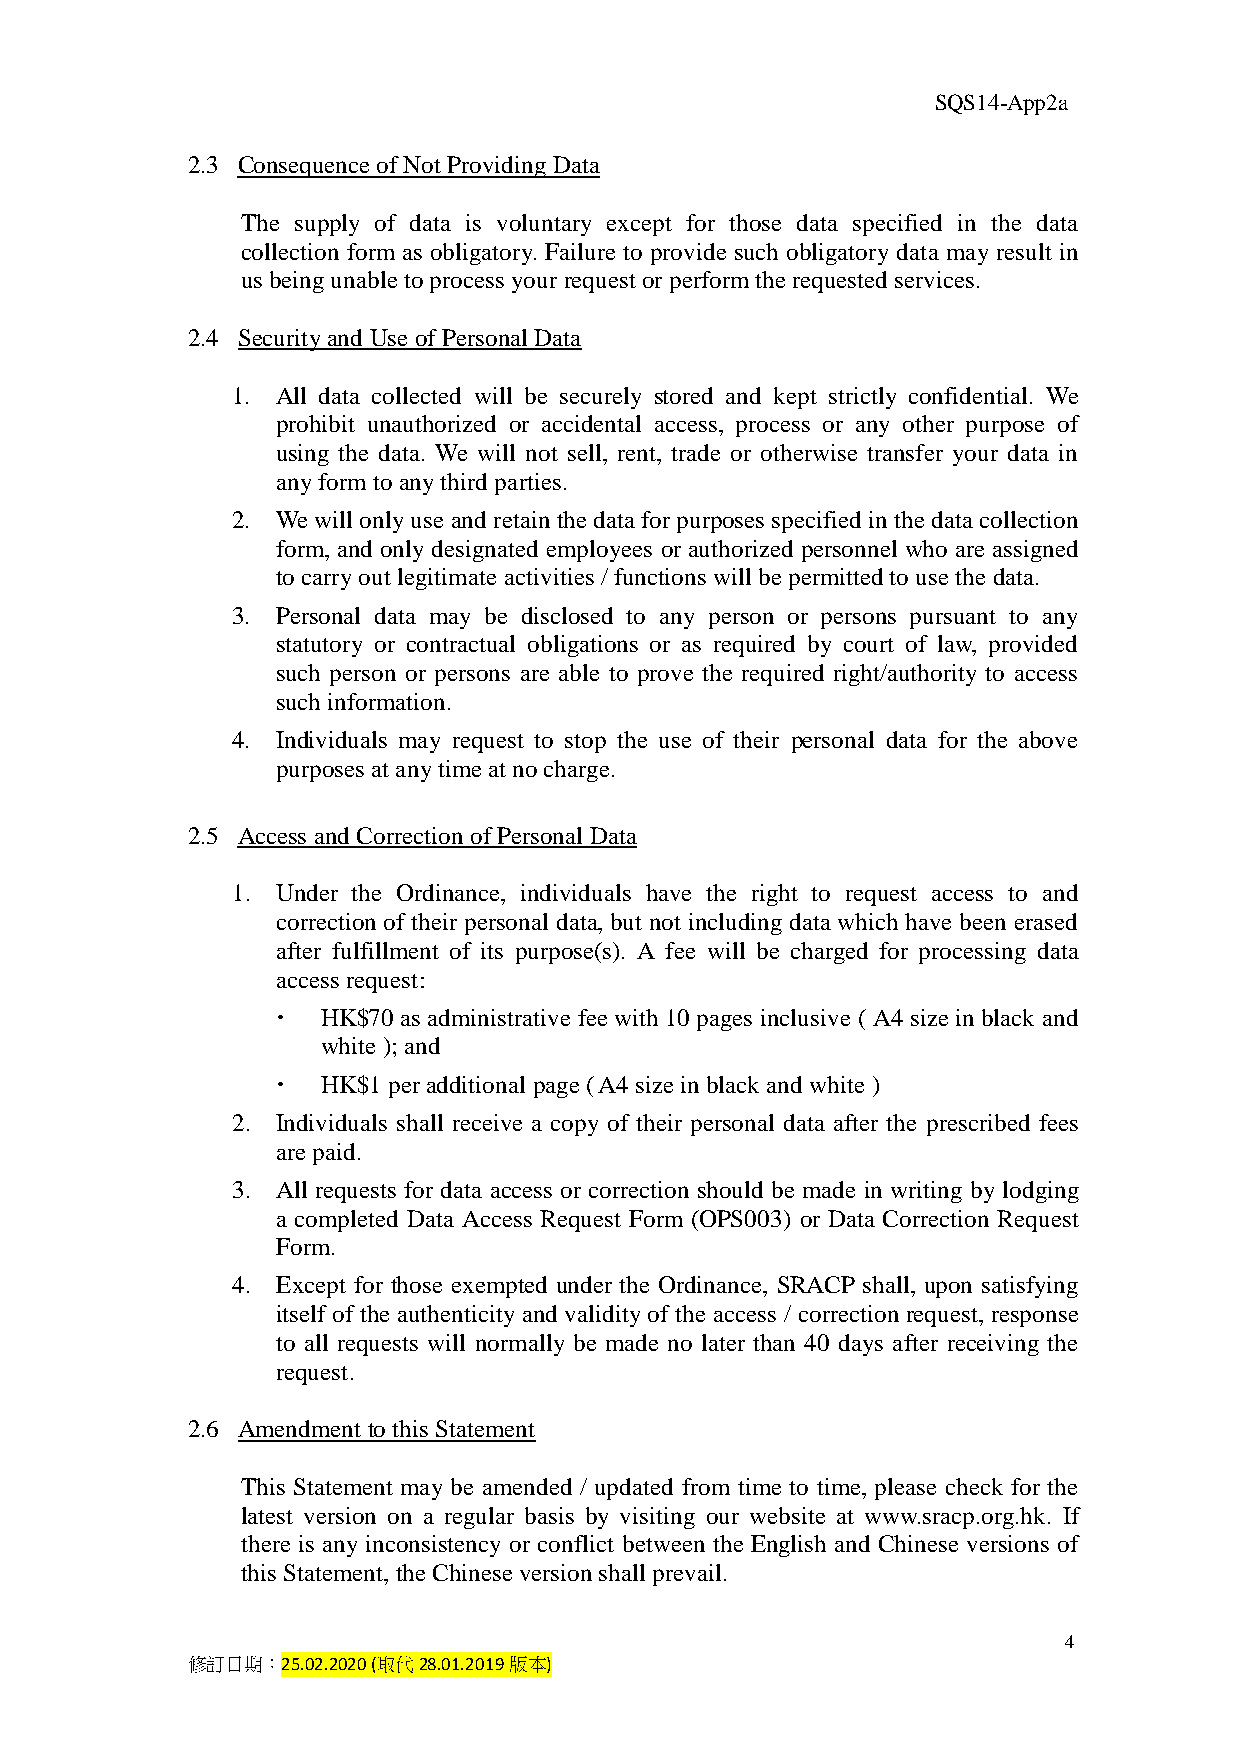
SQS14-App2a
 2.3 Consequence of Not Providing Data
 The supply of data is voluntary except for those data specified in the data
 collection form as obligatory. Failure to provide such obligatory data may result in
 us being unable to process your request or perform the requested services.
 2.4 Security and Use of Personal Data
 1. All data collected will be securely stored and kept strictly confidential. We
 prohibit unauthorized or accidental access, process or any other purpose of
 using the data. We will not sell, rent, trade or otherwise transfer your data in
 any form to any third parties.
 2. We will only use and retain the data for purposes specified in the data collection
 form, and only designated employees or authorized personnel who are assigned
 to carry out legitimate activities / functions will be permitted to use the data.
 3. Personal data may be disclosed to any person or persons pursuant to any
 statutory or contractual obligations or as required by court of law, provided
 such person or persons are able to prove the required right/authority to access
 such information.
 4. Individuals may request to stop the use of their personal data for the above
 purposes at any time at no charge.
 2.5 Access and Correction of Personal Data
 1. Under the Ordinance, individuals have the right to request access to and
 correction of their personal data, but not including data which have been erased
 after fulfillment of its purpose(s). A fee will be charged for processing data
 access request:
   HK$70 as administrative fee with 10 pages inclusive ( A4 size in black and
 white ); and
   HK$1 per additional page ( A4 size in black and white )
 2. Individuals shall receive a copy of their personal data after the prescribed fees
 are paid.
 3. All requests for data access or correction should be made in writing by lodging
 a completed Data Access Request Form (OPS003) or Data Correction Request
 Form.
 4. Except for those exempted under the Ordinance, SRACP shall, upon satisfying
 itself of the authenticity and validity of the access / correction request, response
 to all requests will normally be made no later than 40 days after receiving the
 request.
 2.6 Amendment to this Statement
 This Statement may be amended / updated from time to time, please check for the
 latest version on a regular basis by visiting our website at www.sracp.org.hk. If
 there is any inconsistency or conflict between the English and Chinese versions of
 this Statement, the Chinese version shall prevail.
 4
 修訂日期：25.02.2020 (取代28.01.2019版本)